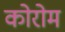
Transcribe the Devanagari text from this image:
कोरोम